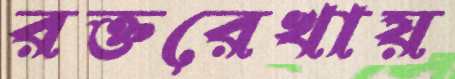
রক্তরেখায়